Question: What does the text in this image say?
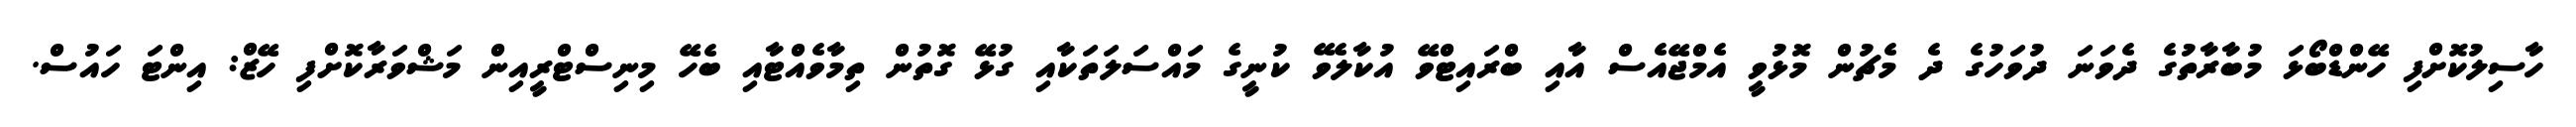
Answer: ހާސިލުކޮށްފި ހޭންޑްބޯޅަ މުބާރާތުގެ ދެވަނަ ދުވަހުގެ ދެ މެޗުން މޮޅުވީ އެމްޖޭއެސް އާއި ބްރައިޓްވޭ އުކާލެވޭ ކުނީގެ މައްސަލަތަކާއި ގުޅޭ ގޮތުން ތިމާވެއްޓާއި ބެހޭ މިނިސްޓްރީއިން މަޝްވަރާކޮށްފި ހޭޒް: އިންޓަ ހައުސް.